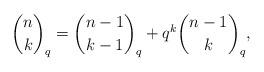
LaTeX: \begin{align*} \binom{n}{k}_q = \binom{n - 1}{k - 1}_q + q^k \binom{n - 1}{k}_q, \end{align*}